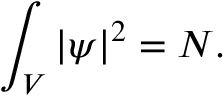
\int _ { V } | \psi | ^ { 2 } = N .